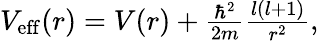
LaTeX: \begin{array}{r}{V_{\mathrm{eff}}(r)=V(r)+\frac{\hbar^{2}}{2m}\frac{l(l+1)}{r^{2}},}\end{array}